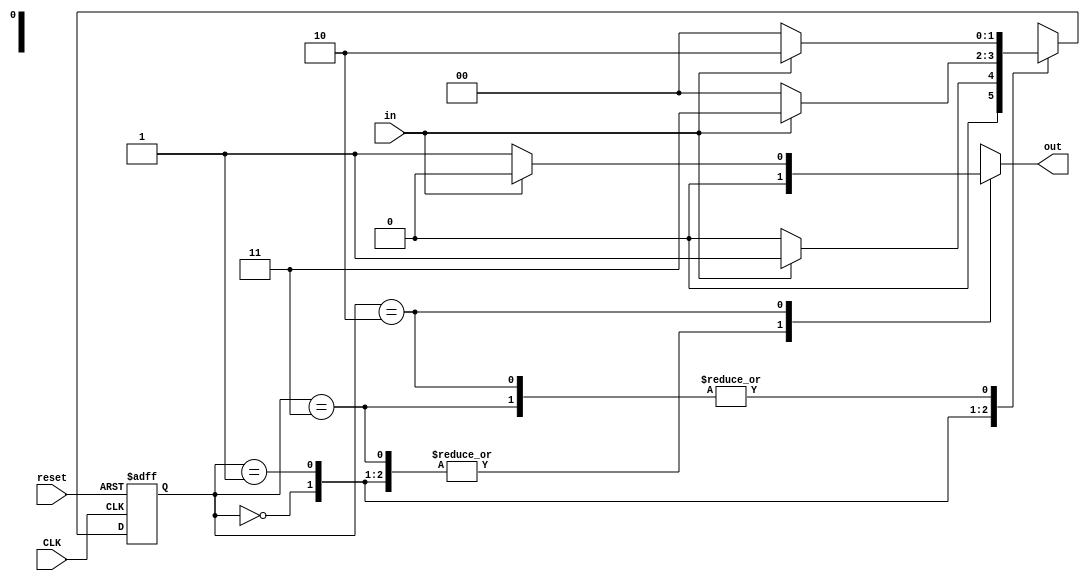
//////a FSM which counts number of 1110 in input, Mealy
//////reset will get us to the initial state
/////reset is active low
/////counter counts how many times 1110 is in input
//////////A BCD/7seg
//   a   //
//f     b//
//   g   //   :)
//e     c//
//   d   //

module FSM(in,CLK,out,reset);
    input wire in,CLK,reset;
    output reg out;
    reg [3:0]counter = 4'b0000;
    reg [3:0]tens,unity;
    reg [1:0]NS,CS;
    reg a1, b1, c1, d1, e1, f1, g1, a2, b2, c2, d2, e2, f2, g2;
    parameter A = 2'b00, B = 2'b01, C = 2'b11, D = 2'b10;

    always@(in,CS)
        begin
            case (CS)
                    A:  if(in == 0)
                            begin
                                NS = A; 
                                out = 0;
                            end
                        else
                            begin
                                NS = B; 
                                out = 0;                              
                            end
                    /////////////////////////
                    B:  if(in == 0)
                            begin
                                NS = A; 
                                out = 0;
                            end
                        else
                            begin
                                NS = C; 
                                out = 0;                              
                            end
                    /////////////////////////
                    C:  if(in == 0)
                            begin
                                NS = A; 
                                out = 0;
                            end
                        else
                            begin
                                NS = D; 
                                out = 0;                              
                            end
                    ////////////////////////
                    D:  if(in == 0)
                            begin
                                NS = A; 
                                out = 1;
                                counter = counter + 4'b0001;
                                unity = counter % 10;
                                tens = counter / 10;
                                //////////////////////////////7segs
                                        case(unity)
                                            4'b0000: {a1, b1, c1, d1, e1, f1, g1}=7'b1111110;
                                            4'b0001: {a1, b1, c1, d1, e1, f1, g1}=7'b0110000;
                                            4'b0010: {a1, b1, c1, d1, e1, f1, g1}=7'b1101101;
                                            4'b0011: {a1, b1, c1, d1, e1, f1, g1}=7'b1111001;
                                            4'b0100: {a1, b1, c1, d1, e1, f1, g1}=7'b0110011;
                                            4'b0101: {a1, b1, c1, d1, e1, f1, g1}=7'b1011011;
                                            4'b0110: {a1, b1, c1, d1, e1, f1, g1}=7'b1011111;
                                            4'b0111: {a1, b1, c1, d1, e1, f1, g1}=7'b1110000;
                                            4'b1000: {a1, b1, c1, d1, e1, f1, g1}=7'b1111111;
                                            4'b1001: {a1, b1, c1, d1, e1, f1, g1}=7'b1110011;
                                        endcase
                                        case(tens)
                                            4'b0000: {a2, b2, c2, d2, e2, f2, g2}=7'b1111110;
                                            4'b0001: {a2, b2, c2, d2, e2, f2, g2}=7'b0110000;
                                        endcase
                            end
                        else
                            begin
                                NS = D; 
                                out = 0;                              
                            end
                endcase
        end
    always@(posedge CLK,negedge reset)
        begin
            if(reset == 0)
                CS <= A;
            else 
                CS <= NS;
        end
endmodule